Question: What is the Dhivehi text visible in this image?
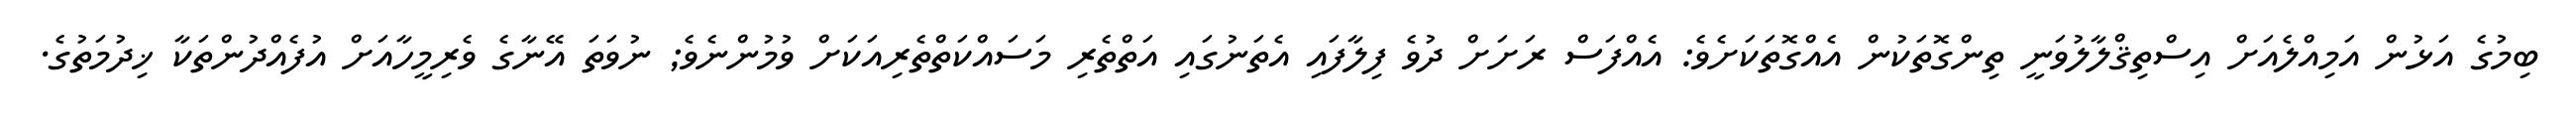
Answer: ބިމުގެ އަޅުން އަމިއްލެއަށް އިސްތިޤްލާލުވަނީ ތިންގޮތަކުން އެއްގޮތަކަށެވެ: އެއްފަސް ރަށަށް ދުވެ ފިލާފައި އެތަނުގައި އަތްތެރި މަސައްކަތްތެރިއަކަށް ވުމުންނެވެ; ނުވަތަ އޭނާގެ ވެރިމީހާއަށް އުފެއްދުންތަކާ ޚިދުމަތުގެ.